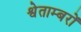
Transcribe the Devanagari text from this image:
श्वेताम्बरों